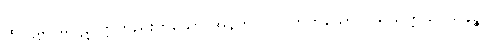
ထိုပဋိဝေဓပဋိပတ္တိတည်းဟူသော အနက်ကို ပြတတ်သော။ ပရိယတ္တိသာသနဉ္စ၊